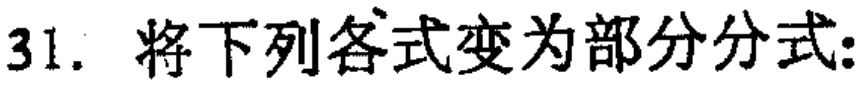
31. 将下列各式变为部分分式: